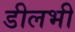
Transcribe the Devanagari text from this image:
डीलभी